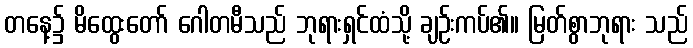
တနေ့၌ မိထွေးတော် ဂေါတမီသည် ဘုရားရှင်ထံသို့ ချဉ်းကပ်၏။ မြတ်စွာဘုရား သည်